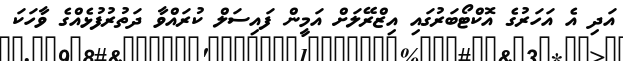
އަދި އެ އަހަރުގެ އޮކްޓޯބަރުގައި އިޒްރޭލަށް އަމީން ފައިސަލް ކުރައްވާ ދަތުރުފުޅެއްގެ ވާހަކަ